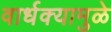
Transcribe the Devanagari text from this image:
वार्धक्यामुळे